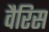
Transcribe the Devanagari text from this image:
वैरिस